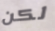
لكن